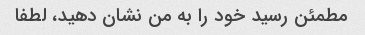
مطمئن رسید خود را به من نشان دهید، لطفا